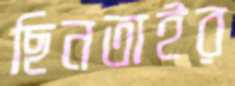
ছিনতাইর